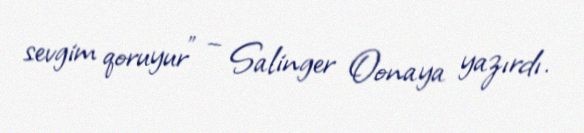
sevgim qoruyur” – Salinger Oonaya yazırdı.